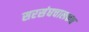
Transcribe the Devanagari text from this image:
सरसंघचालकच